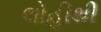
લોહીથી